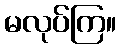
မလုပ်ကြ။